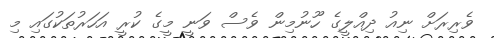
ވެރިރަށް ނިއު ދިއްލީގެ ހޫނުމިން ވެސް ވަނީ މީގެ ކުރީ އަހަރުތަކުގައި މި